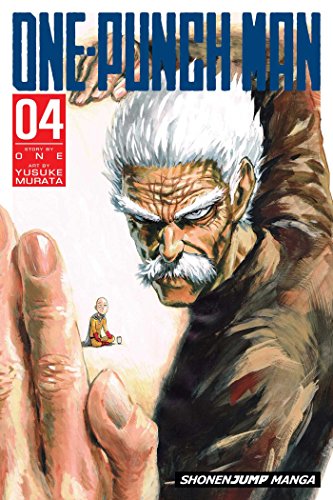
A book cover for One-Punch Man, Vol. 4; ONE; Comics & Graphic Novels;